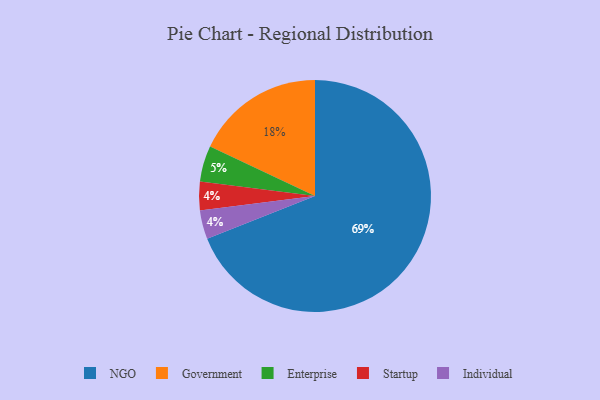
{"axis": {"x": "Category", "y": "Percentage"}, "legend": ["Enterprise", "Government", "Individual", "NGO", "Startup"], "data": [{"x": "Startup", "y": 4, "type": "Startup"}, {"x": "NGO", "y": 69, "type": "NGO"}, {"x": "Enterprise", "y": 5, "type": "Enterprise"}, {"x": "Government", "y": 18, "type": "Government"}, {"x": "Individual", "y": 4, "type": "Individual"}]}